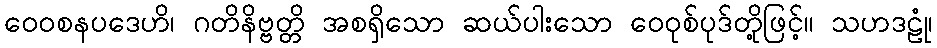
ဝေဝစနပဒေဟိ၊ ဂတိနိဗ္ဗတ္တိ အစရှိသော ဆယ်ပါးသော ဝေဝုစ်ပုဒ်တို့ဖြင့်။ သဟဒဠုံ၊